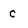
Character: C